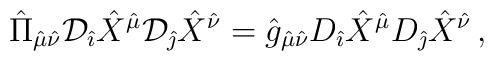
{\hat \Pi}_{{\hat \mu}{\hat \nu}}{\cal D}_{\hat \imath}{\hat X}^{\hat \mu}{\cal D}_{\hat \jmath}{\hat X}^{\hat \nu}={\hat g}_{{\hat \mu}{\hat \nu}}D_{\hat \imath}{\hat X}^{\hat \mu}D_{\hat \jmath}{\hat X}^{\hat \nu}\, ,